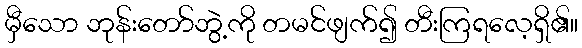
မှီသော ဘုန်းတော်ဘွဲ့ကို တမင်ဖျက်၍ တီးကြရလေ့ရှိ၏။